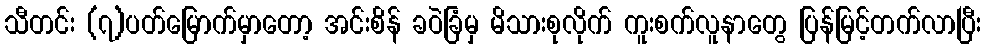
သီတင်း (၇)ပတ်မြောက်မှာတော့ အင်းစိန် ခဝဲခြံမှ မိသားစုလိုက် ကူးစက်လူနာတွေ ပြန်မြင့်တက်လာပြီး